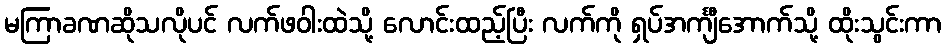
မကြာခဏဆိုသလိုပင် လက်ဖဝါးထဲသို့ လောင်းထည့်ပြီး လက်ကို ရှပ်အင်္ကျီအောက်သို့ ထိုးသွင်းကာ